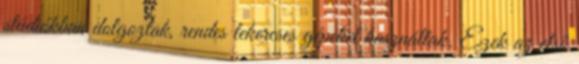
stúdiókban dolgoztak, rendes tekercses gépeket használtak. Ezek az első